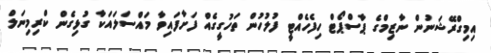
އިމިގްރޭޝަނުން ނާޒިމްގެ ޕާސްޕޯޓް ހިފެހެއްޓީ ފުލުހުން ތަހުގީގެއް ފަށާފައިވާ މައްސަލައަކާ ގުޅިގެން ކްރިމިނަލް